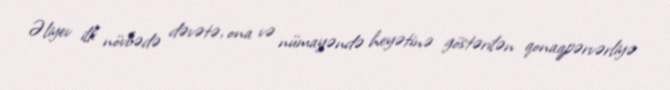
Əliyev ilk növbədə dəvətə, ona və nümayəndə heyətinə göstərilən qonaqpərvərliyə